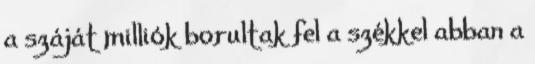
a száját milliók borultak fel a székkel abban a